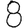
Digit: 8